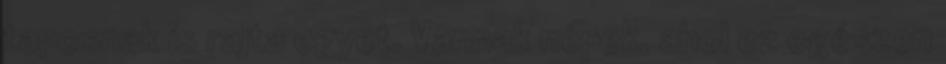
taposnak is rajta egyet. Vannak népek, ahol ez egészen